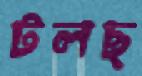
টলছ